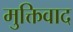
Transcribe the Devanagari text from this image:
मुक्तिवाद